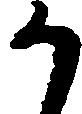
か